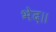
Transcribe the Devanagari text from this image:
भेद॥